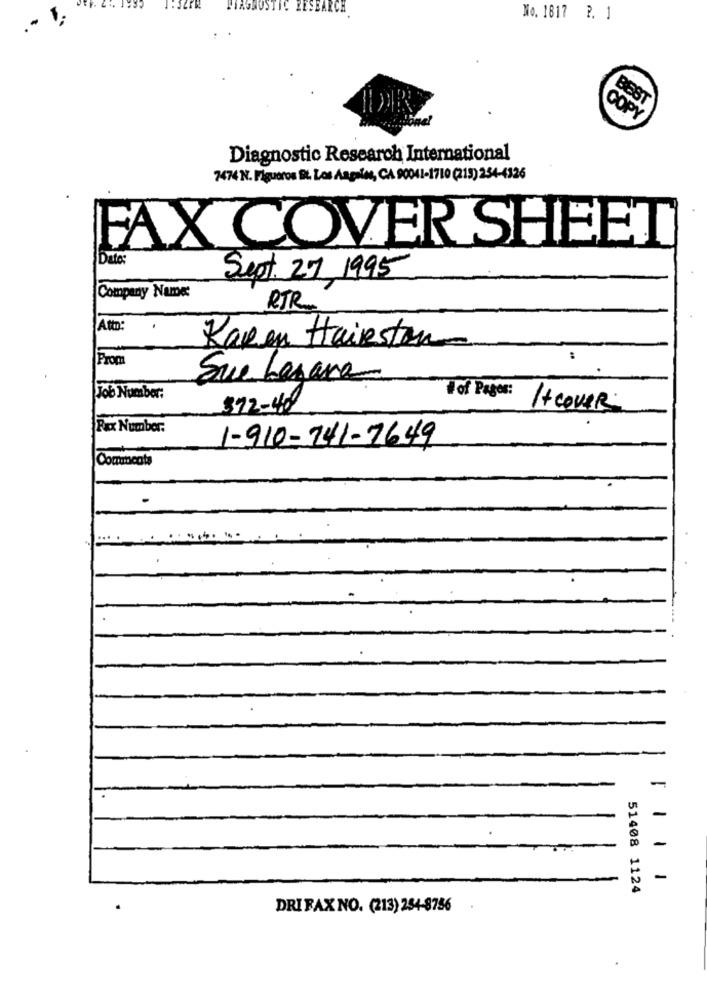
ESEA
.- 1.
No. 1817 2. 1
BEST
COPY
Diagnostic Research International
7474 N. Figueroa Bit. Los Angeles, CA 90041-1710 (213) 254-4326
FAX COVER SHEET
I Datos
Sept 27,1995
Company Name
RTR.
Atto:
Karen Hairston
From
Sue bezana
Job Number:
Vof Pages:
372-48
1+ cover
Fax Number.
1-910-241-7649
Comancata
-
-
51408 1124
DRIFAX NO. (213) 254-8756